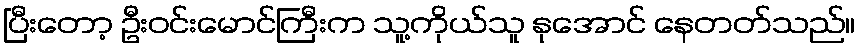
ပြီးတော့ ဦးဝင်းမောင်ကြီးက သူ့ကိုယ်သူ နုအောင် နေတတ်သည်။